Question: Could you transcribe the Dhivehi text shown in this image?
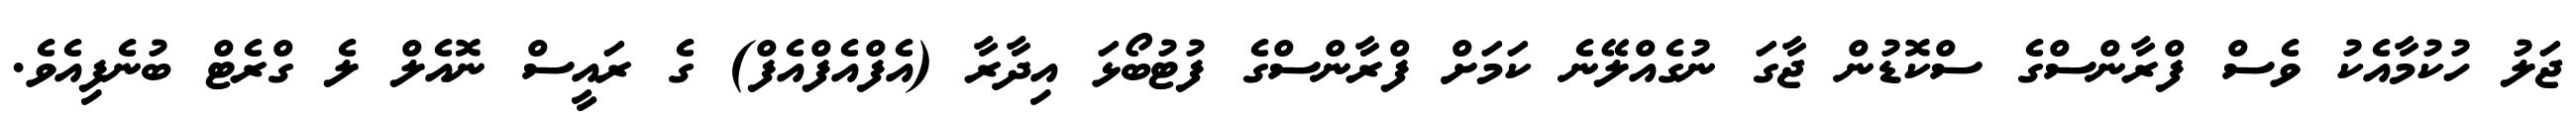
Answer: ޖަލު ހުކުމާއެކު ވެސް ފްރާންސްގެ ސްކޮޑުން ޖާގަ ނުގެއްލޭނެ ކަމަށް ފްރާންސްގެ ފުޓުބޯޅަ އިދާރާ (އެފްއެފްއެފް) ގެ ރައީސް ނޮއެލް ލެ ގްރެޓް ބުނެފިއެވެ.